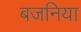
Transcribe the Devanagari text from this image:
बजनिया